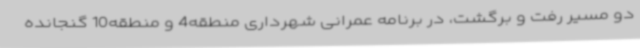
دو مسیر رفت و برگشت، در برنامه عمرانی شهرداری منطقه4 و منطقه10 گنجانده